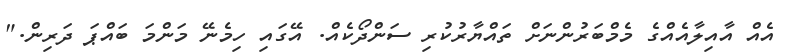
އެއް އާއިލާއެއްގެ މެމްބަރުންނަށް ތައްޔާރުކުރި ސަންދޯކެއް. އޭގައި ހިމެނޭ މަންމަ ބައްޕަ ދަރިން."